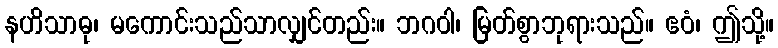
နဟိသာဓု၊ မကောင်းသည်သာလျှင်တည်း။ ဘဂဝါ၊ မြတ်စွာဘုရားသည်။ ဧဝံ၊ ဤသို့။